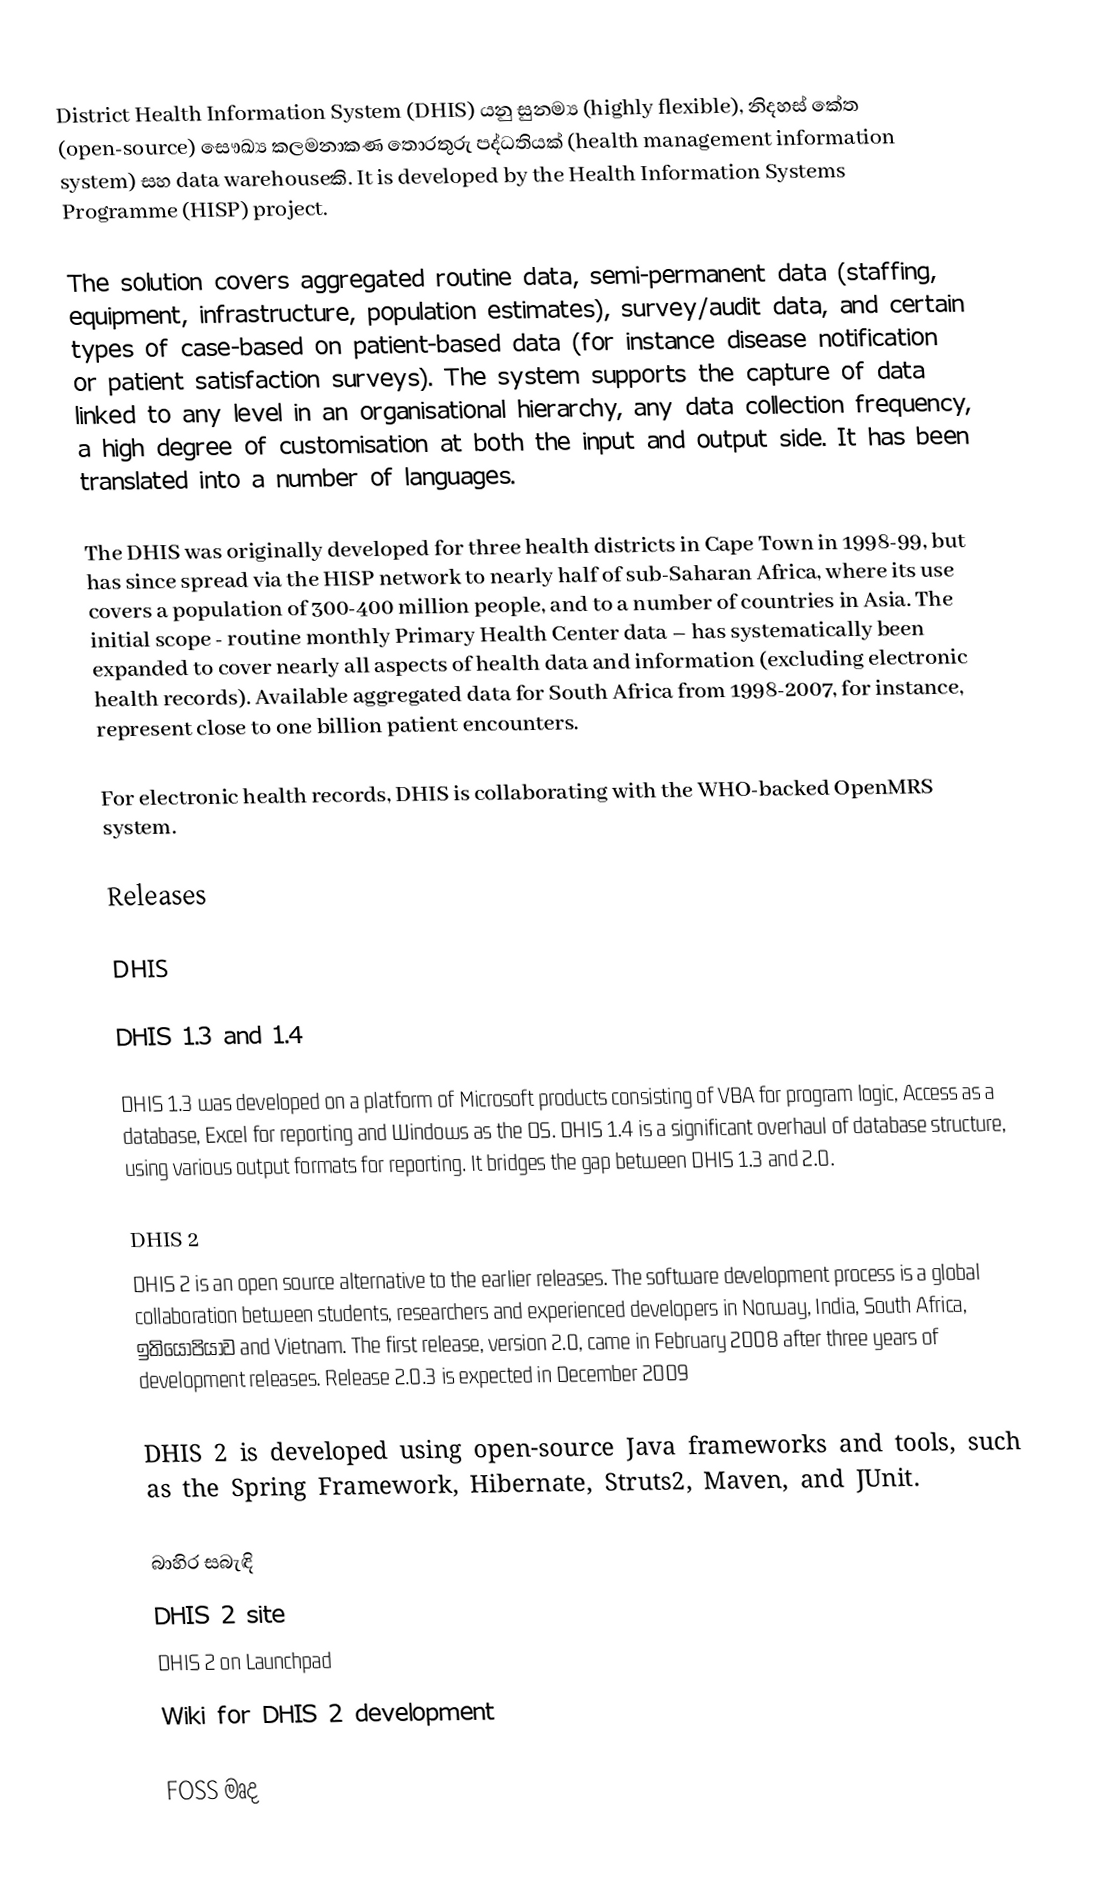
District Health Information System (DHIS)  යනු සුනම්‍ය (highly flexible), නිදහස් කේත (open-source) සෞඛ්‍ය කලමනාකණ තොරතුරු පද්ධතියක් (health management information system) සහ  data warehouseකි. It is developed by the Health Information Systems Programme (HISP) project.

The solution covers aggregated routine data, semi-permanent data (staffing, equipment, infrastructure, population estimates), survey/audit data, and certain types of case-based on patient-based data (for instance disease notification or patient satisfaction surveys). The system supports the capture of data linked to any level in an organisational hierarchy, any data collection frequency, a high degree of customisation at both the input and output side. It has been translated into a number of languages.

The DHIS was originally developed for three health districts in Cape Town in 1998-99, but has since spread via the HISP network to nearly half of sub-Saharan Africa, where its use covers a population of 300-400 million people, and to a number of countries in Asia. The initial scope - routine monthly Primary Health Center data – has systematically been expanded to cover nearly all aspects of health data and information (excluding electronic health records). Available aggregated data for South Africa from 1998-2007, for instance, represent close to one billion patient encounters.

For electronic health records, DHIS is collaborating with the WHO-backed OpenMRS system.

Releases

DHIS

DHIS 1.3 and 1.4

DHIS 1.3 was developed on a platform of Microsoft products consisting of VBA for program logic, Access as a database, Excel for reporting and Windows as the OS. DHIS 1.4 is a significant overhaul of database structure, using various output formats for reporting. It bridges the gap between DHIS 1.3 and 2.0.

DHIS 2
DHIS 2 is an open source alternative to the earlier releases. The software development process is a global collaboration between students, researchers and experienced developers in Norway, India, South Africa, ඉතියෝපියාව and Vietnam. The first release, version 2.0, came in February 2008 after three years of development releases. Release 2.0.3 is expected in December 2009

DHIS 2 is developed using open-source Java frameworks and tools, such as the Spring Framework, Hibernate, Struts2, Maven, and JUnit.

බාහිර සබැඳි
 DHIS 2 site
 DHIS 2 on Launchpad
 Wiki for DHIS 2 development

FOSS මෘද